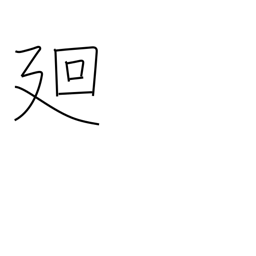
Meaning: circumference